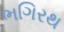
ભગિરથ